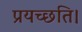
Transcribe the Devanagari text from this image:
प्रयच्छति।